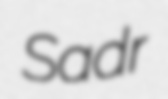
Sadr